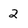
Character: 2